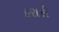
કરારી